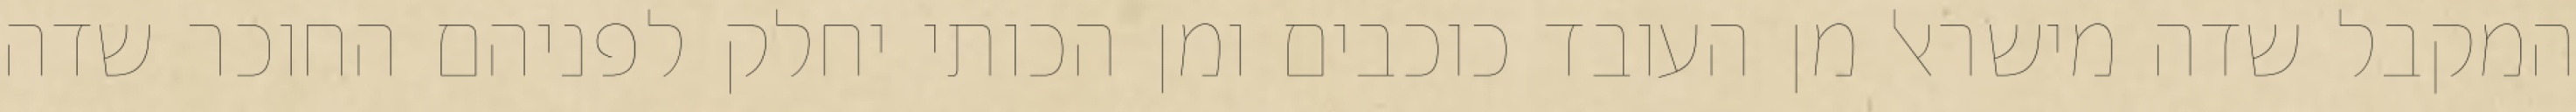
המקבל שדה מישראל מן העובד כוכבים ומן הכותי יחלק לפניהם החוכר שדה